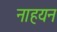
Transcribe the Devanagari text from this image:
नाहयन